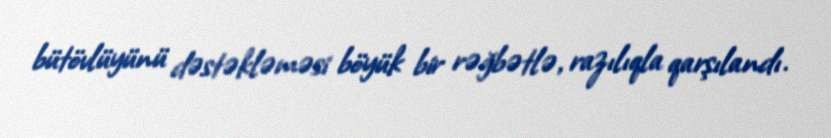
bütövlüyünü dəstəkləməsi böyük bir rəğbətlə, razılıqla qarşılandı.